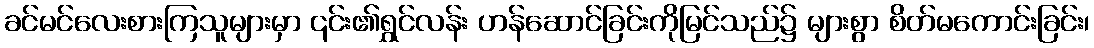
ခင်မင်လေးစားကြသူများမှာ ၎င်း၏ရွှင်လန်း ဟန်ဆောင်ခြင်းကိုမြင်သည်၌ များစွာ စိတ်မကောင်းခြင်း၊